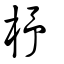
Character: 杼